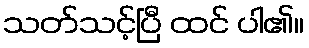
သတ်သင့်ပြီ ထင် ပါ၏။